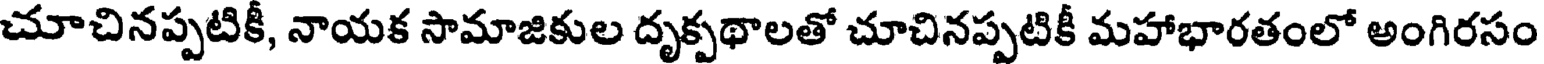
చూచినప్పటికీ, నాయక సామాజికుల దృక్పథాలతో చూచినప్పటికీ మహాభారతంలో అంగిరసం